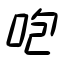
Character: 咆